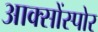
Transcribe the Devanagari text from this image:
आक्सोंस्पोर